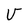
Character: v